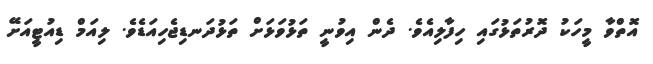
އޮތްވާ މީހަކު ދޮރުތަޅުގައި ހިފާލިއެވެ. ދެން އިވުނީ ތަޅުވަޅަށް ތަޅުދަނޑިޖެހިއަޑެވެ. ލިއަމް ޑިއުޓީއަށޭ